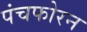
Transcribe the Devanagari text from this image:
पंचफोरन